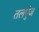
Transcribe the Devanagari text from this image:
तलपुंज